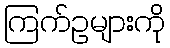
ကြက်ဥများကို